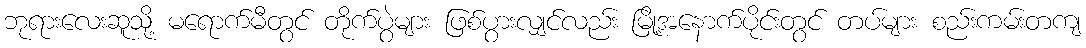
ဘုရားလေးဆူသို့ မရောက်မီတွင် တိုက်ပွဲများ ဖြစ်ပွားလျှင်လည်း မြို့အနောက်ပိုင်းတွင် တပ်များ စည်းကမ်းတကျ